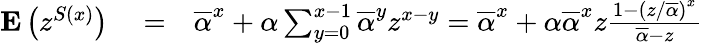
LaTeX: \begin{array}{rlr}{{\mathbf E}\left(z^{S\left(x\right)}\right)}&{{}=}&{\overline{{\alpha}}^{x}+\alpha\sum_{y=0}^{x-1}\overline{{\alpha}}^{y}z^{x-y}=\overline{{\alpha}}^{x}+\alpha\overline{{\alpha}}^{x}z\frac{1-\left(z/\overline{{\alpha}}\right)^{x}}{\overline{{\alpha}}-z}}\end{array}